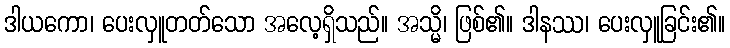
ဒါယကော၊ ပေးလှူတတ်သော အလေ့ရှိသည်။ အသ္မိ၊ ဖြစ်၏။ ဒါနဿ၊ ပေးလှူခြင်း၏။